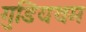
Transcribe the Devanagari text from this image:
गुडियथम